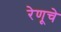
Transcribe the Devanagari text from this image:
रेणूचे